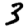
Digit: 3